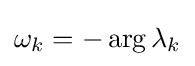
{\textstyle \omega _{k}=-\arg \lambda _{k}}